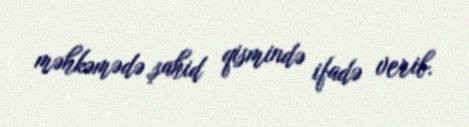
məhkəmədə şahid qismində ifadə verib.